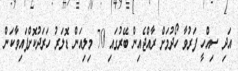
އަދި ސިއްހީ ފަރުވާ ހޯދުމަށް ރާއްޖެއިން ބޭރުގައި 70 މިލިއަން ޑޮލަރު ހަރަދުކޮށްފައިވާކަން